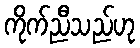
ကိုက်ညီသည်ဟု